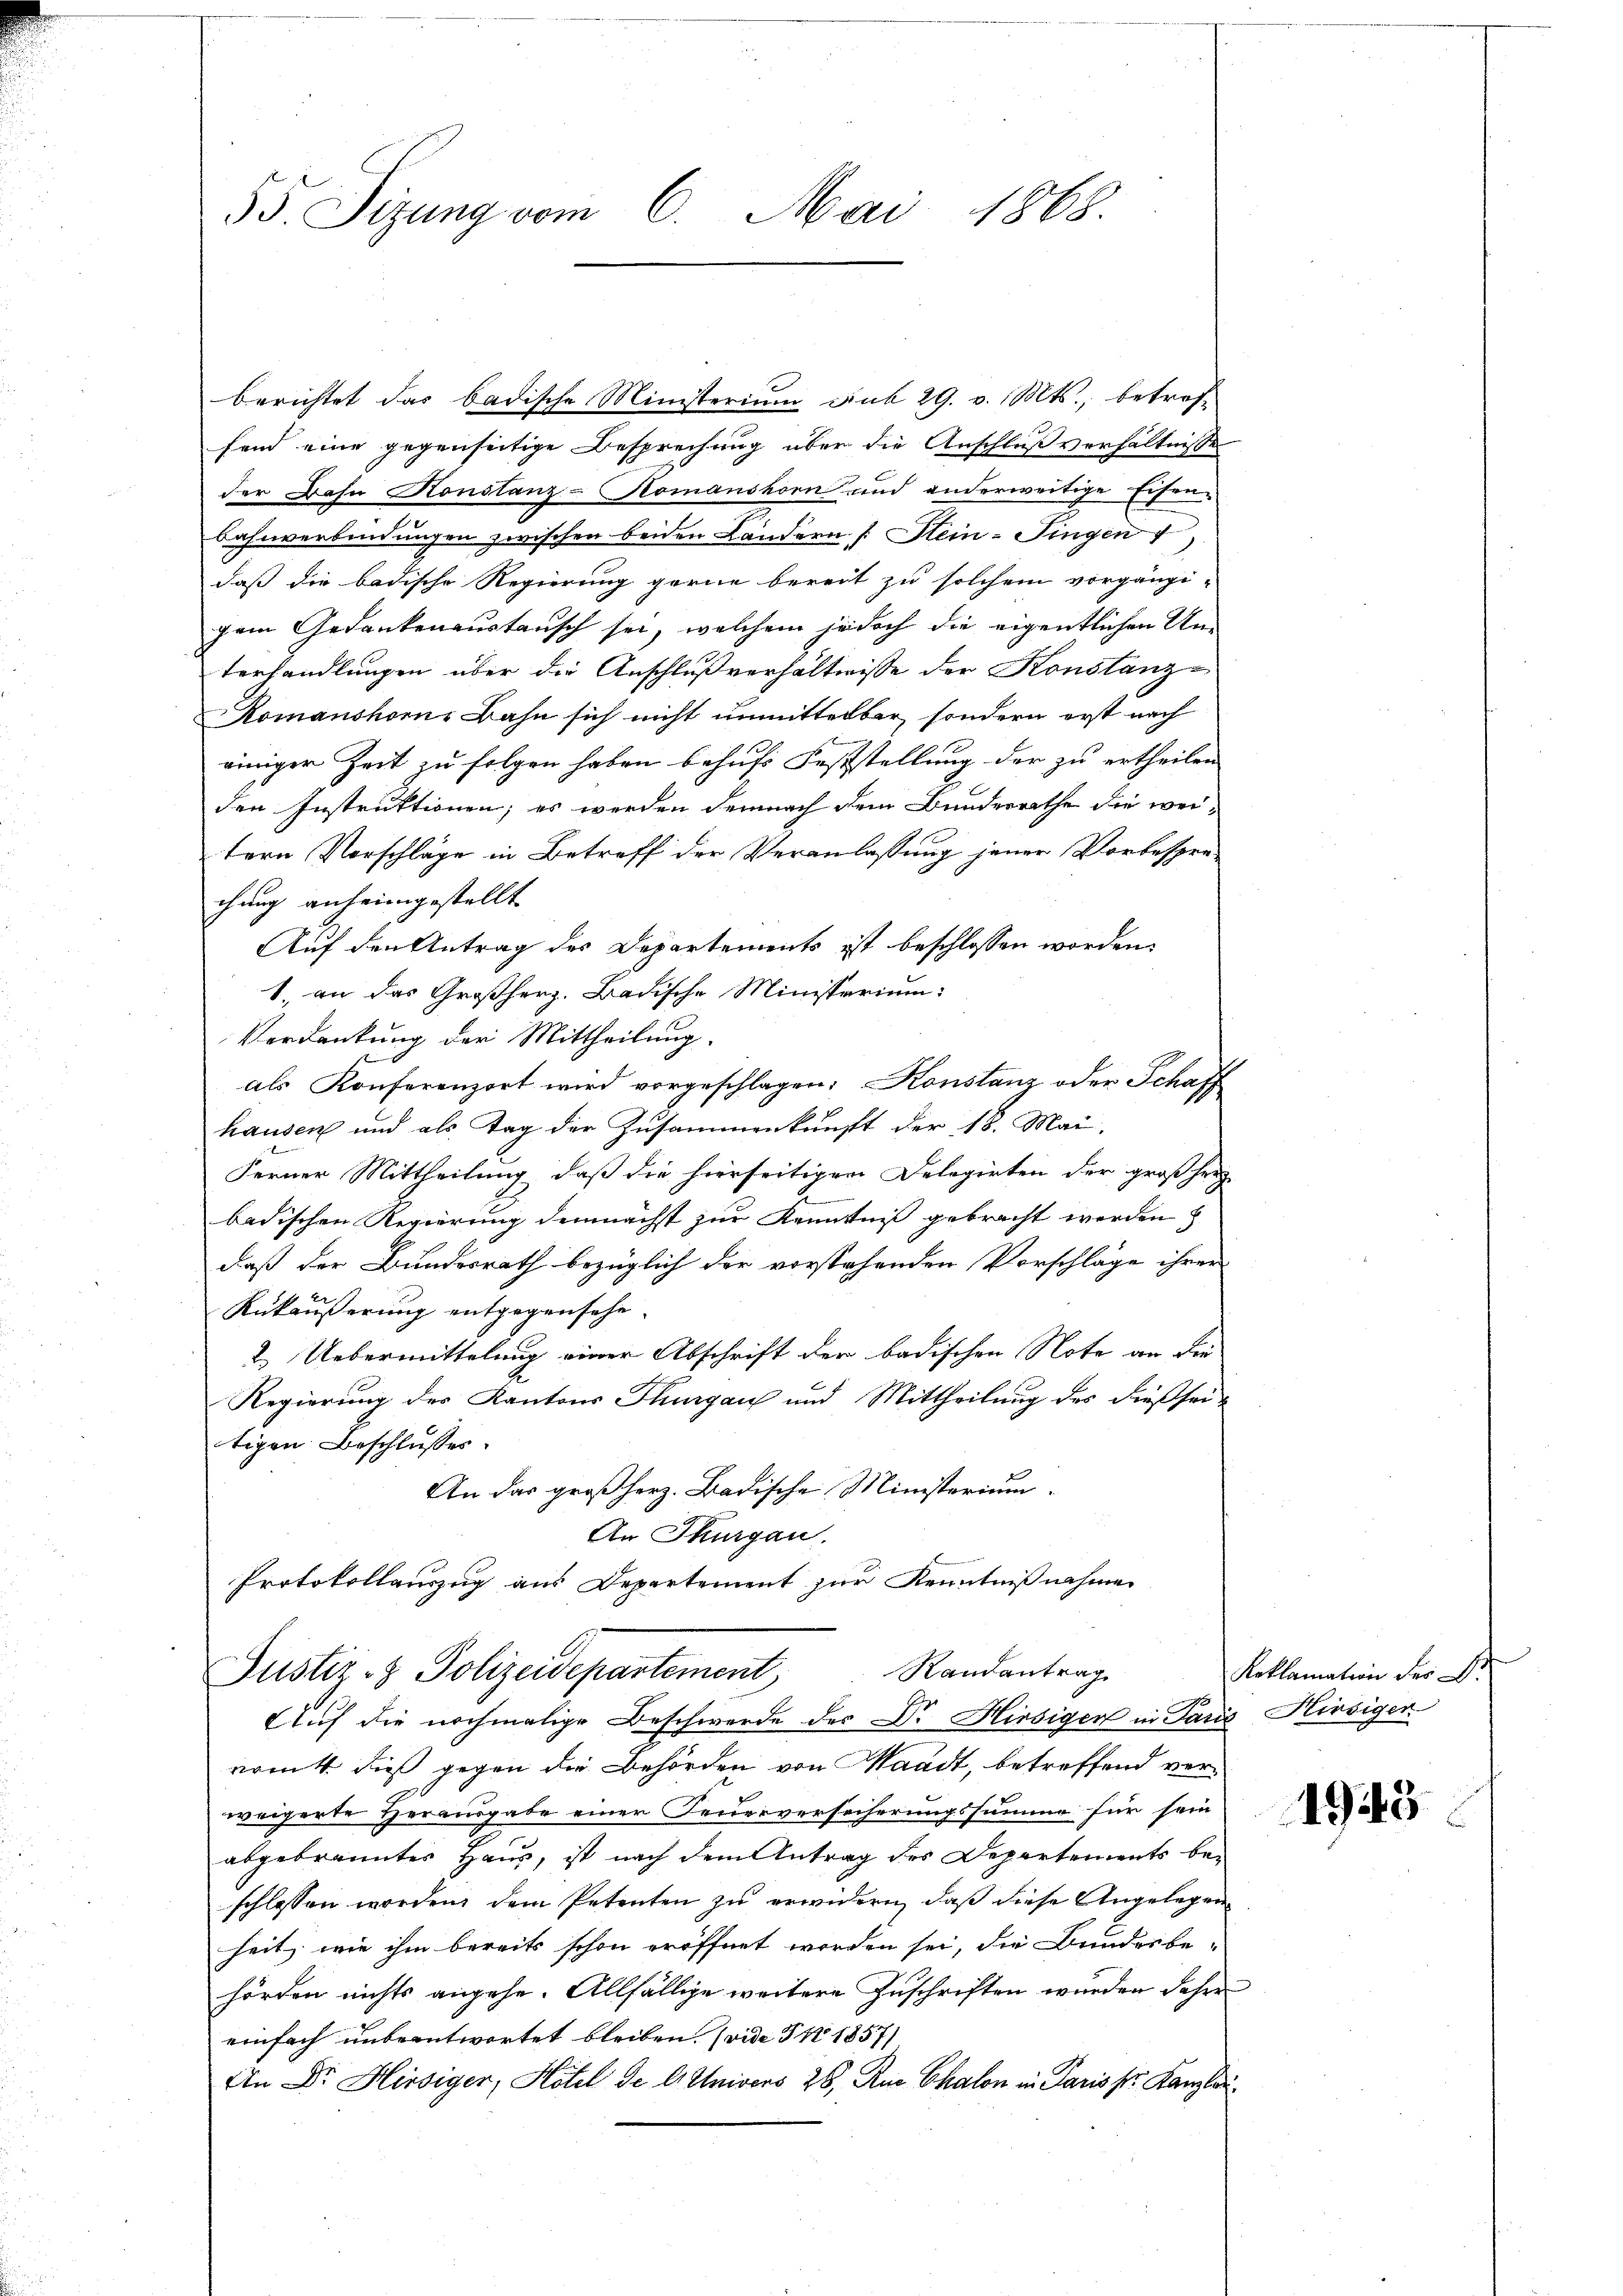
55. Sizung vom 6. Mai 1868.

berichtet das badische Ministerium sub 29. v. Mts., betrof-
fand eine gegenseitige Besprechung über die Anschlußverhältnisse
der Bahn Konstanz-Komanshorn und anderweitige Erhe
bahnverbindungen zwischen beiden Ländern (: Stein-Fingen
daß die badische Regierung gerne bereit zu solchem vorgängi-
zem Gedankenaustausch sei, welchem jedoch die eigentlichen Unterhandlungen über die Anschlußverhältnisse der Konstanz¬
Romanshorn, Bahn sich nicht unmittelbar, sondern erst nach
einiger Zeit zu folgen haben behufs Feststellung der zu ertheilen
den Instruktionen; es werden demnach dem Bundesrathe die weitern Vorschläge in Betreff der Veranlassung jener Vorbespre-
chung anheimgestellt
Auf den Antrag des Departements ist beschlossen worden,
1 an das Großherz. Badische Ministerium:
Verdankung der Mittheilung.
als Konferenzort wird vorgeschlagen: Konstanz oder Schaff
hausen und als Tag der Zusammenkunft der 18. Mai.
Ferner Mittheilung, daß die hierseitigen Delegirten der großherz
badischen Regierung demnächst zur Kenntniß gebracht werden
daß der Bundesrath bezüglich der vorstehenden Vorschläge ihrer
Rükäußerung entgegensehe.
 Uebermittelung einer Abschrift der badischen Note an die
Regierung der Kantons Thurgau und Mittheilung des dießseitigen Beschlusses.
An das großherz. Badische Ministerium.
An Thurgau.
Protokollauszug aus Departement zur Kenntnißnahmen

Randantrag
Justiz- & Polizeidepartement,

Auf die nochmalige Beschwerde der Dr. Hirsigen in Paris Kirsiger
romtt. dieß gegen die Behörden von Waadt, betreffend verweigerte Herausgabe einer Feuerversicherungssumme für sein
abgebrannter Haus, ist nach dem Antrag des Departements beschlossen worden, dem Petenten zu erwidern, daß diese Angelegen
heit, wie ihm bereits schon eröffnet worden sei, die Bunderbe-
hörden nichts angehe. Allfällige weitere Zuschriften wurden daher
einfach unbeantwortet bleiben. (vide § 1857)
An Dr. Hiesiger, Hotel de Aktivers 28, Rue Chalon in Paris pr. Kanzlei

Reklamation der B.

1943